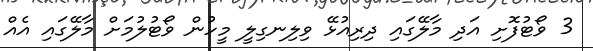
3 ވޯޓުފޮށި އަދި މާލޭގައި ދިރިއުޅޭ ވިލިނގިލީ މީހުން ވޯޓުލުމަށް މާލޭގައި އެއް